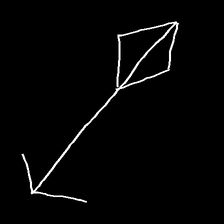
Glyph: focus